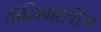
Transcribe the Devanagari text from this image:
ऑलिगोसीन